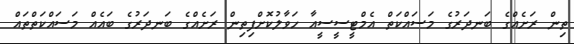
ތިން ރަށެއްގެ ބަނދަރުގެ މަސައްކަތް އެމްޓީސީސީއާ ހަވާލުކޮށްފިތިން ރަށެއްގެ ބަނދަރުގެ ބައެއް މަސައްކަތްތައް